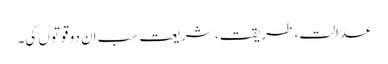
عدالت، طریقت، شریعت سب اِن دو قوتوں کی۔